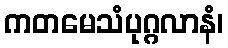
ကတမေသံပုဂ္ဂလာနံ၊